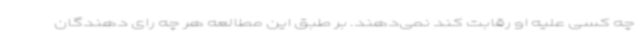
چه کسی علیه او رقابت کند نمی‌دهند. بر طبق این مطالعه هر چه رای دهندگان